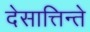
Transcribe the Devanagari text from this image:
देसात्तिन्ते